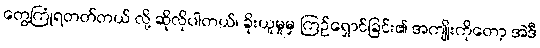
တွေ့ကြုံရတတ်တယ် လို့ ဆိုလိုပါတယ်၊ ခိုးယူမှုမှ ကြဉ်ရှောင်ခြင်း၏ အကျိုးကိုတော့ အဲဒီ